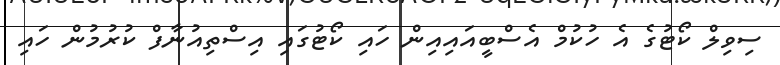
ސިވިލް ކޯޓުގެ އެ ހުކުމް އެސްބީއައިއިން ހައި ކޯޓުގައި އިސްތިއުނާފް ކުރުމުން ހައި